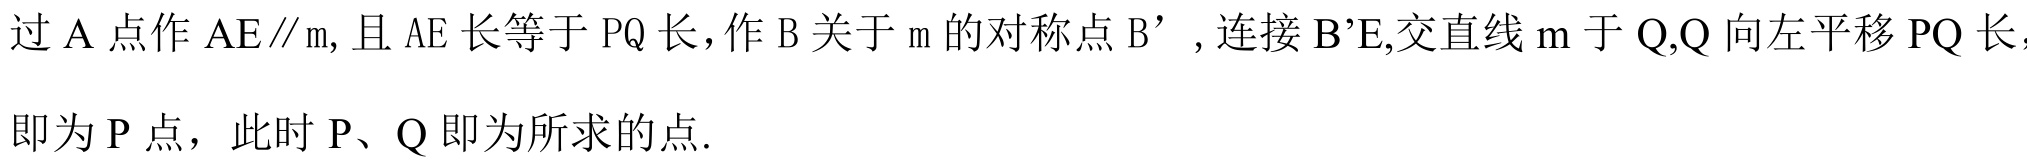
过\(A\)点作\(AE\parallel m\), 且\(AE\)长等于\(PQ\)长，作\(B\)关于\(m\)的对称点\(B'\) , 连接\(B'E\),交直线\(m\)于\(Q\),\(Q\)向左平移\(PQ\)长，即为\(P\)点，此时\(P\)、\(Q\)即为所求的点.